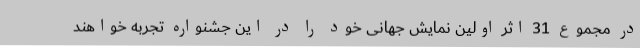
در مجموع 31 اثر اولین نمایش جهانی خود را در این جشنواره تجربه خواهند